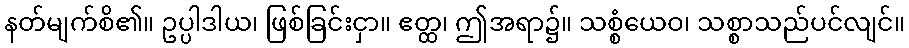
နတ်မျက်စိ၏။ ဥပ္ပါဒါယ၊ ဖြစ်ခြင်းငှာ။ ဧတ္ထ၊ ဤအရာ၌။ သစ္စံယေဝ၊ သစ္စာသည်ပင်လျင်။